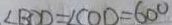
\angle B C D = \angle C O D = 6 0 ^ { \circ }